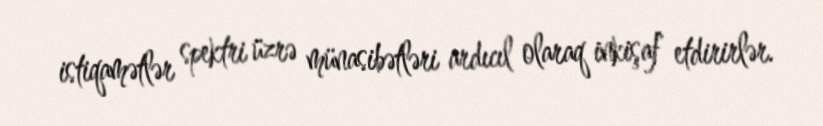
istiqamətlər spektri üzrə münasibətləri ardıcıl olaraq inkişaf etdirirlər.